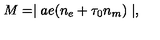
M = \mid a e ( n _ { e } + \tau _ { 0 } n _ { m } ) \mid ,